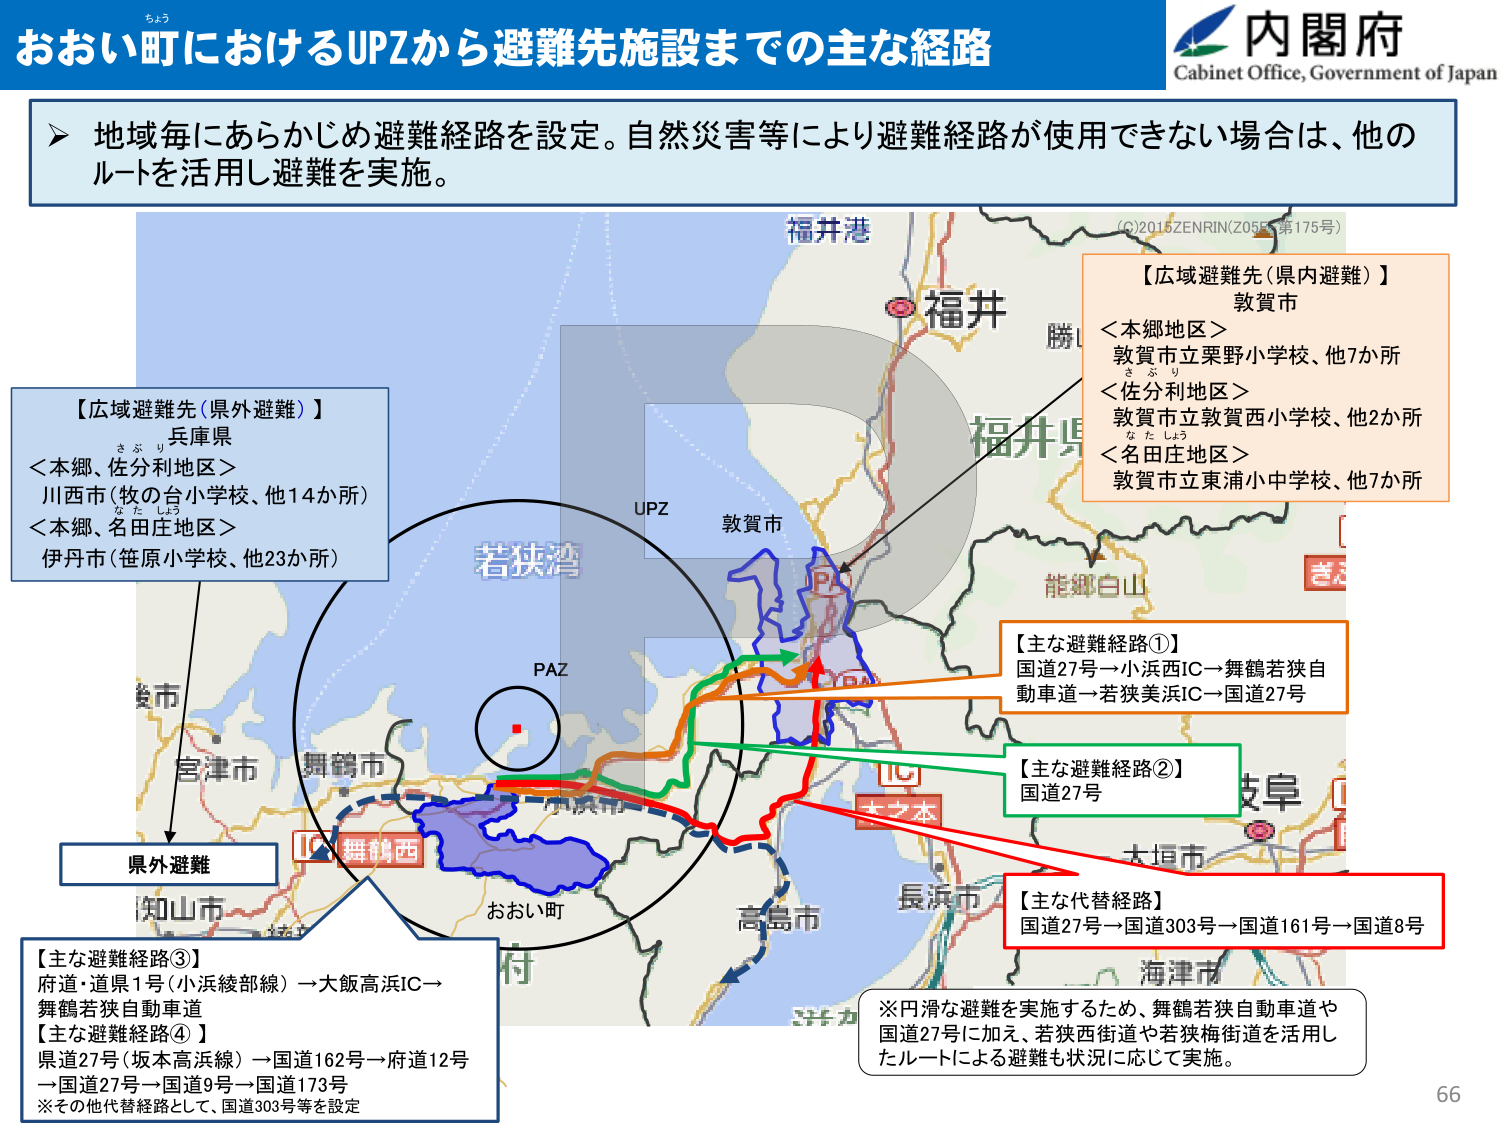
おおい町におけるUPZから避難先施設までの主な経路
ちよう
内閣府
Cabinet Office, Government of Japan

▶ 地域毎にあらかじめ避難経路を設定。自然災害等により避難経路が使用できない場合は、他のルートを活用し避難を実施。

【広域避難先（県外避難）】
兵庫県
＜本郷、佐分利地区＞
川西市（牧の台小学校、他14か所）
＜本郷、名田庄地区＞
伊丹市（笹原小学校、他23か所）

【広域避難先（県内避難）】
敦賀市
＜本郷地区＞
敦賀市立栗野小学校、他7か所
＜佐分利地区＞
敦賀市立敦賀西小学校、他2か所
＜名田庄地区＞
敦賀市立東浦小中学校、他7か所

【主な避難経路①】
国道27号→小浜西IC→舞鶴若狭自動車道→若狭美浜IC→国道27号

【主な避難経路②】
国道27号

【主な代替経路】
国道27号→国道303号→国道161号→国道8号

【主な避難経路③】
府道・道県1号（小浜綾部線）→大飯高浜IC→舞鶴若狭自動車道
【主な避難経路④】
県道27号（坂本高浜線）→国道162号→府道12号→国道27号→国道9号→国道173号
※その他代替経路として、国道303号等を設定

※円滑な避難を実施するため、舞鶴若狭自動車道や国道27号に加え、若狭西街道や若狭梅街道を活用したルートによる避難も状況に応じて実施。

福井港
福井
勝山
福井県
能郷白山
き
敦賀市
UPZ
PAZ
若狭湾
舞鶴市
宮津市
舞鶴西
IC
おおい町
高島市
長浜市
大垣市
海津市
（C）2016 ZENRIN（Z055 第175号）
県外避難
66